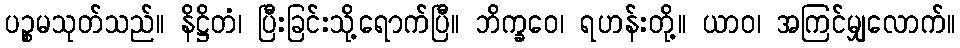
ပဉ္စမသုတ်သည်။ နိဋ္ဌိတံ၊ ပြီးခြင်းသို့ရောက်ပြီ။ ဘိက္ခဝေ၊ ရဟန်းတို့။ ယာဝ၊ အကြင်မျှလောက်။